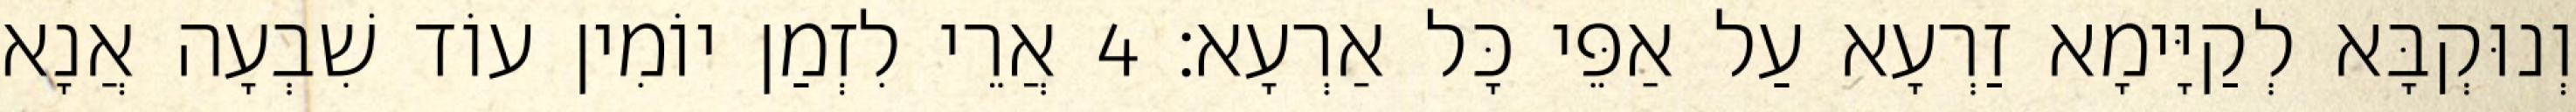
וְנוּקְבָּא לְקַיָּימָא זַרְעָא עַל אַפֵּי כָּל אַרְעָא׃ 4 אֲרֵי לִזְמַן יוֹמִין עוֹד שִׁבְעָה אֲנָא